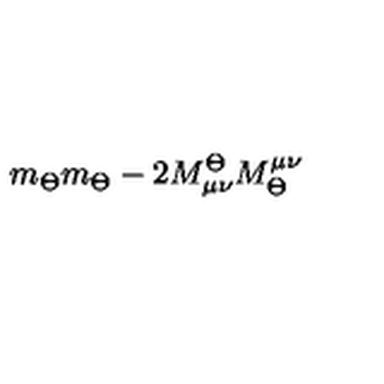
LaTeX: m _ { \Theta } m _ { \Theta } - 2 M _ { \mu \nu } ^ { \Theta } M _ { \Theta } ^ { \mu \nu }